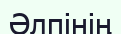
Әлпінің